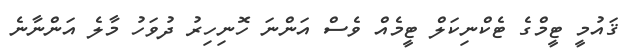
ޤައުމީ ޓީމްގެ ޓެކްނިކަލް ޓީމެއް ވެސް އަންނަ ހޮނިހިރު ދުވަހު މާލެ އަންނާނެ